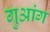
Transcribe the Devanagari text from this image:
गुआंग